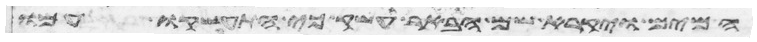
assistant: המים ויקרא שם הבאר עשק כי התעשקו עמו